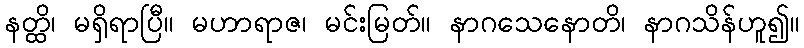
နတ္ထိ၊ မရှိရာပြီ။ မဟာရာဇ၊ မင်းမြတ်။ နာဂသေနောတိ၊ နာဂသိန်ဟူ၍။